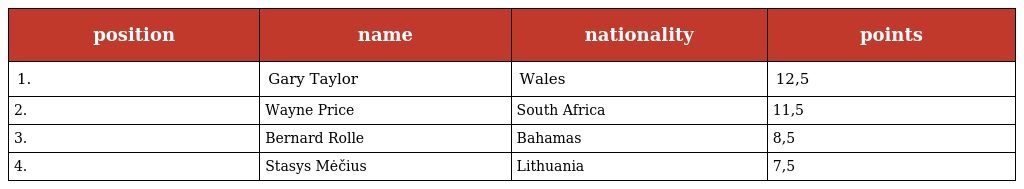
| position | name | nationality | points |
 | --- | --- | --- | --- |
 | 1. | Gary Taylor | Wales | 12,5 |
 | 2. | Wayne Price | South Africa | 11,5 |
 | 3. | Bernard Rolle | Bahamas | 8,5 |
 | 4. | Stasys Mėčius | Lithuania | 7,5 |